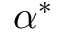
\alpha ^ { * }